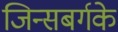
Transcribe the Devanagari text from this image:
जिन्सबर्गके